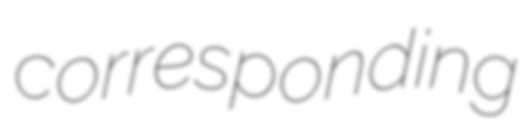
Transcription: corresponding